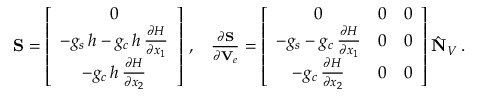
\begin{array} { r } { \begin{array} { c c } { { \bf S } = \left[ \begin{array} { c } { 0 } \\ { - g _ { s } \, { h } - g _ { c } \, { h } \, \frac { \partial { H } } { \partial { x } _ { 1 } } } \\ { - g _ { c } \, { h } \, \frac { \partial { H } } { \partial { x } _ { 2 } } } \end{array} \right] \, , } & { \frac { \partial { \bf S } } { \partial { \bf V } _ { e } } = \left[ \begin{array} { c c c } { 0 } & { 0 } & { 0 } \\ { - g _ { s } - g _ { c } \, \frac { \partial { H } } { \partial { x } _ { 1 } } } & { 0 } & { 0 } \\ { - g _ { c } \, \frac { \partial { H } } { \partial { x } _ { 2 } } } & { 0 } & { 0 } \end{array} \right] \hat { \bf N } _ { V } \, . } \end{array} } \end{array}